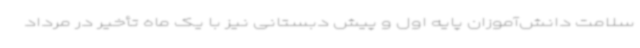
سلامت دانش‌آموزان پایه اول و پیش دبستانی نیز با یک ماه تأخیر در مرداد